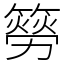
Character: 簩